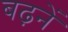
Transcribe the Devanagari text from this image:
बढ़नें